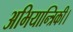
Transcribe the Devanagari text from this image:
अभियान्त्रिकी।